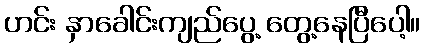
ဟင်း နှာခေါင်းကျည်ပွေ့ တွေ့နေပြီပေါ့။